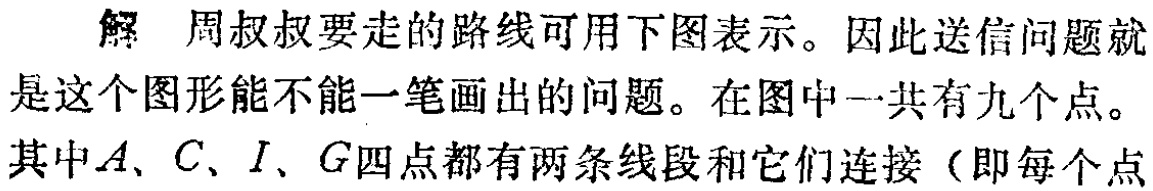
解 周叔叔要走的路线可用下图表示。因此送信问题就

是这个图形能不能一笔画出的问题。在图中一共有九个点。

其中\(A、C、I、G\)四点都有两条线段和它们连接（即每个点